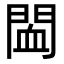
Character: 䦗